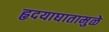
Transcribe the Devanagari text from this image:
हृदयाघातामुळे